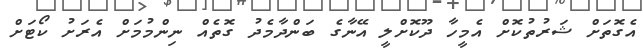
އެގޮތަށް ޝަރުތުކޮށް އެމީހާ ދޫކޮށްލީ އޭނާގެ ބަންދާމެދު ގޮތެއް ނިންމުމަށް އެރަށު ކޯޓަށް